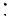
: